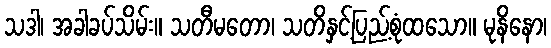
သဒါ၊ အခါခပ်သိမ်း။ သတီမတော၊ သတိနှင့်ပြည့်စုံထသော။ မုနိနော၊